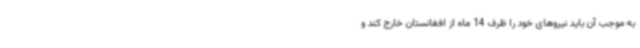
به موجب آن باید نیروهای خود را ظرف 14 ماه از افغانستان خارج کند و